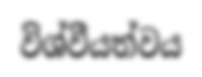
විශ්වීයත්වය